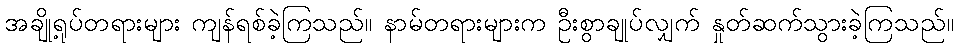
အချို့ရုပ်တရားများ ကျန်ရစ်ခဲ့ကြသည်။ နာမ်တရားများက ဦးစွာချုပ်လျှက် နှုတ်ဆက်သွားခဲ့ကြသည်။